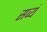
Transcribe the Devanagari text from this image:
सव्यं